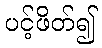
ပင့်ဖိတ်၍